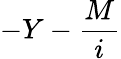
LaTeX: -Y-\frac{M}{i}